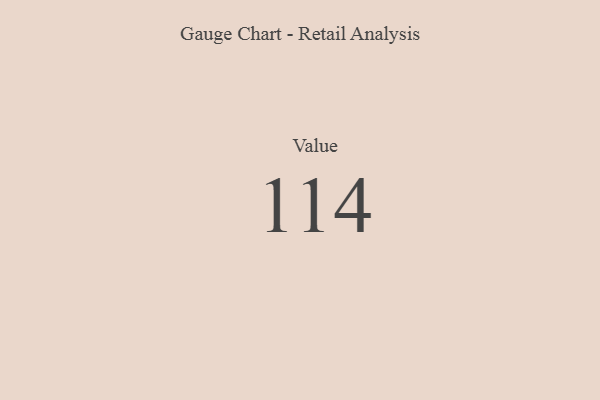
{"axis": {"x": "Metric", "y": "Value"}, "legend": [""], "data": [{"x": "Value", "y": 114, "type": ""}]}